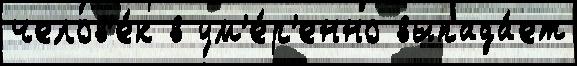
челов'е́к в ум'е́р'енно выпада́ет